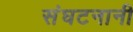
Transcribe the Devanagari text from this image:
संघटनानी